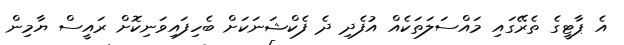
އެ ޕާޓީގެ ތެރޭގައި މައްސަލަތަކެއް އުފެދި ދެ ފެކްޝަނަކަށް ބެހިފައިވަނިކޮށް ރައީސް ޔާމިން